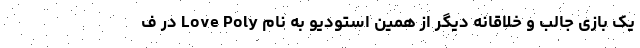
یک بازی جالب و خلاقانه دیگر از همین استودیو به نام Love Poly در ف